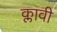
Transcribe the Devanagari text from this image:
क्लावी